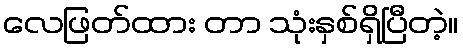
လေဖြတ်ထား တာ သုံးနှစ်ရှိပြီတဲ့။